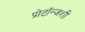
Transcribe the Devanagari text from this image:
प्रोटॉन्जशी